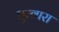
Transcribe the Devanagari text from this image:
घुरवारा